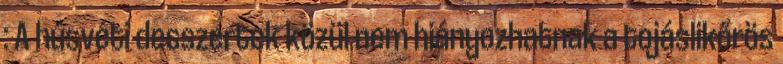
: A húsvéti desszertek közül nem hiányozhatnak a tojáslikőrös